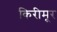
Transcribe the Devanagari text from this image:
किरीमूर